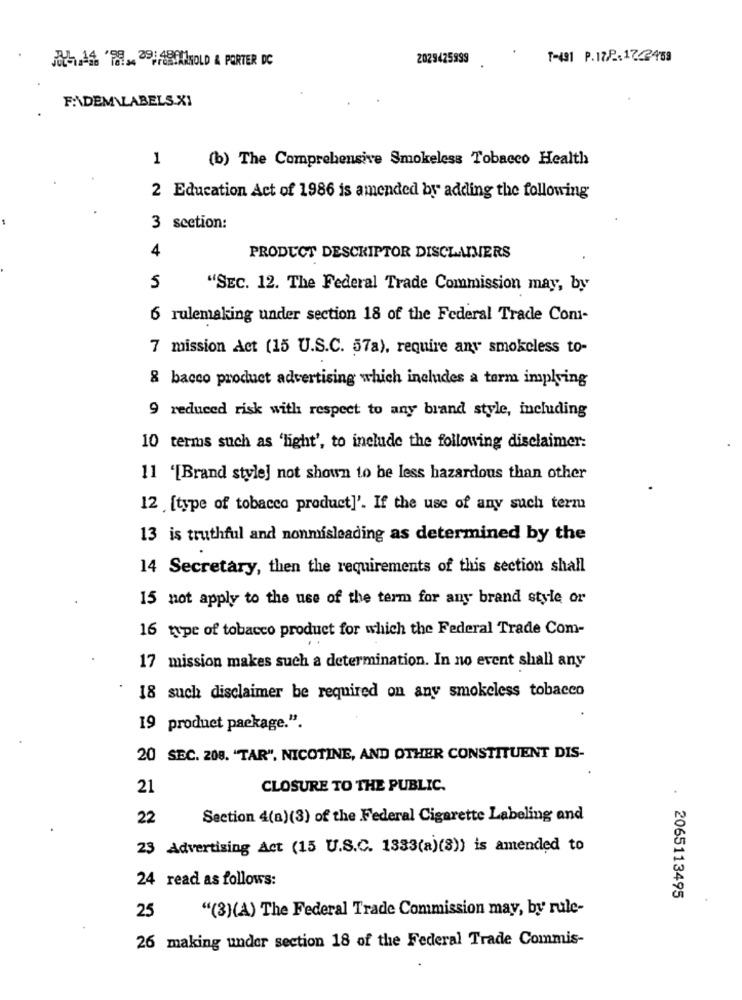
2029425999
T-491 P.172-1742453
JohA4 TH, IBMKOLD & PORTER DC
F:\DEM\LABELS X1
1
(b) The Comprehensive Smokeless Tobacco Health
2 Education Act of 1986 is amended by adding the following
3 seetion:
4
PRODUCT DESCRIPTOR DISCLAIMERS
5
"SEC. 12. The Federal Trade Commission may, by
6 rulemaking under section 18 of the Federal Trade Com-
7 mission Act (15 U.S.C. 57a), require any smokeless to-
8 bacco product advertising which includes a term implying
9 reduced risk with respect to any brand style, including
10 terms such as 'light', to include the following disclaimer:
11 '[Brand style] not shown to be less hazardous than other
12 [type of tobacco product]'. If the use of any such term
13 is truthful and nonmisleading as determined by the
14 Secretary, then the requirements of this section shall
15 not apply to the use of the term for any brand style or
16 type of tobacco product for which the Federal Trade Com-
17 mission makes such a determination. In no event shall any
18 such disclaimer be required on any smokeless tobacco
19 product package.".
20 SEC. 208. "TAR", NICOTINE, AND OTHER CONSTITUENT DIS-
21
CLOSURE TO THE PUBLIC.
22
Section 4(a)(3) of the Federal Cigarette Labeling and
23 Advertising Act (15 U.S.C. 1333(a)(8)) is amended to
24 read as follows:
. 2065113495
25
"(3)(A) The Federal Trade Commission may, by rule-
26 making under section 18 of the Federal Trade Commis-